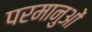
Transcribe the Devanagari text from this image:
परमानुओं